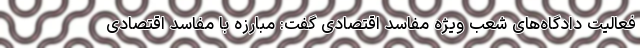
فعالیت دادگاه‌های شعب ویژه مفاسد اقتصادی گفت: مبارزه با مفاسد اقتصادی